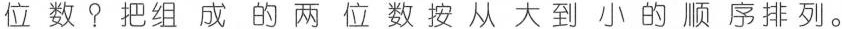
位数？把组成的两位数按从大到小的顺序排列。